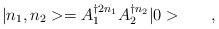
\begin{align*}{}|n_1,n_2> = A_1^{\dagger 2{n_1}} A_2^{\dagger {n_2}} |0>\qquad,\end{align*}